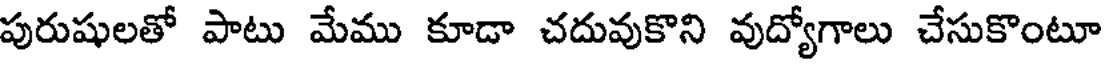
పురుషులతో పాటు మేము కూడా చదువుకొని వుద్యోగాలు చేసుకొంటూ